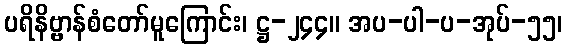
ပရိနိဗ္ဗာန်စံတော်မူကြောင်း၊ ဋ္ဌ-၂၄၄။ အပ-ပါ-ပ-အုပ်-၅၅၊